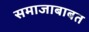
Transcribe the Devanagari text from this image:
समाजाबाबत